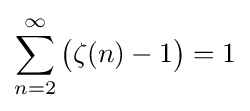
\sum _{n=2}^{\infty }{\bigl (}\zeta (n)-1{\bigr )}=1